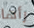
رأها